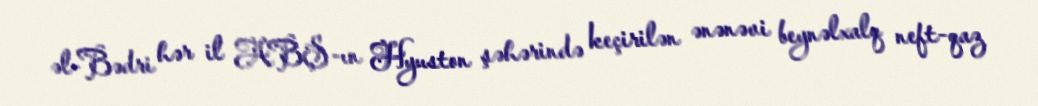
əl-Bədri hər il ABŞ-ın Hyuston şəhərində keçirilən ənənəvi beynəlxalq neft-qaz